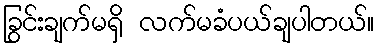
ခြွင်းချက်မရှိ လက်မခံပယ်ချပါတယ်။